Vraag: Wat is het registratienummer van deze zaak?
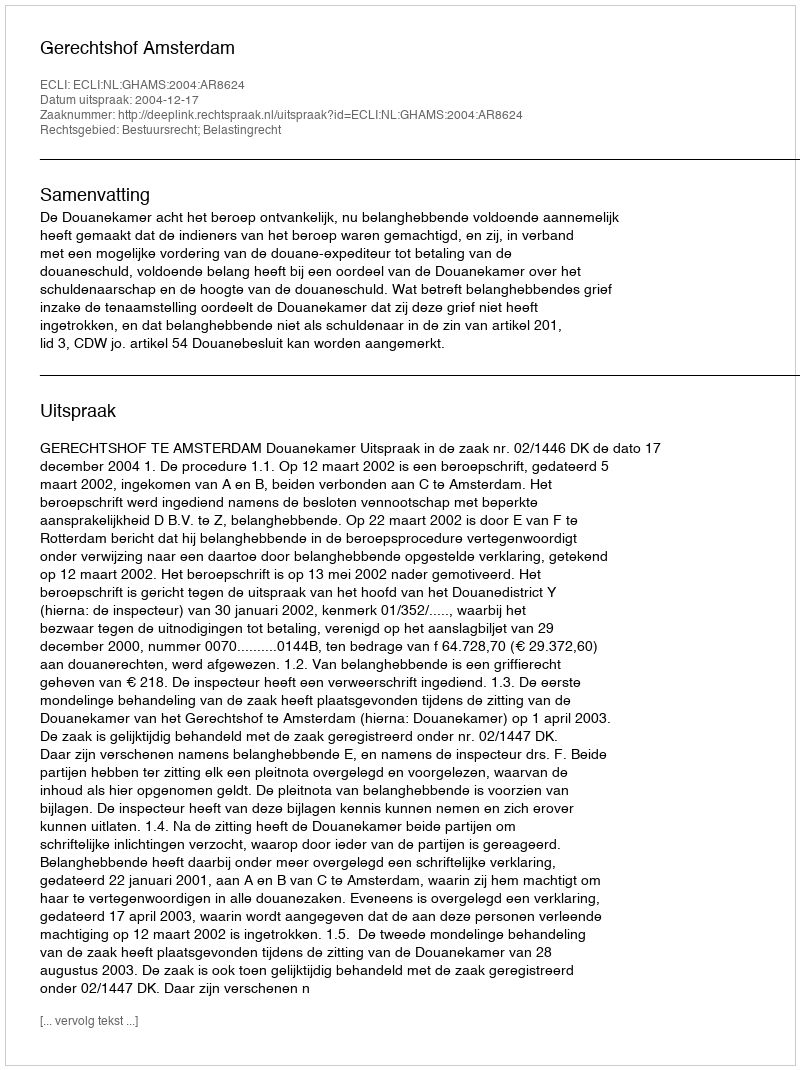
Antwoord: http://deeplink.rechtspraak.nl/uitspraak?id=ECLI:NL:GHAMS:2004:AR8624